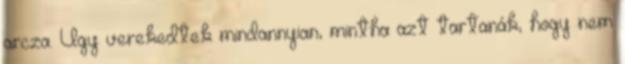
arcza. Úgy verekedtek mindannyian, mintha azt tartanák, hogy nem